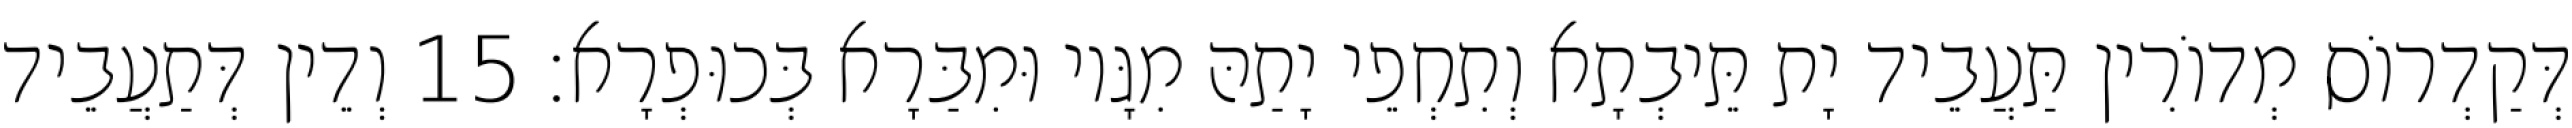
דְּקַדְרוֹס מְדוֹרִין תַּעֲבֵיד יָת תֵּיבְתָא וְתִחְפֵי יָתַהּ מִגָּיו וּמִבַּרָא בְּכוּפְרָא׃ 15 וְדֵין דְּתַעֲבֵיד